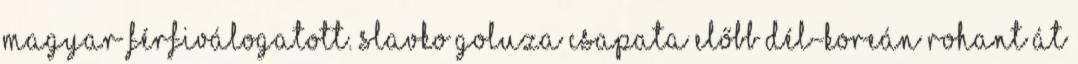
magyar férfiválogatott. Slavko Goluza csapata előbb Dél-Koreán rohant át